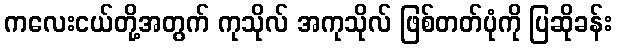
ကလေးငယ်တို့အတွက် ကုသိုလ် အကုသိုလ် ဖြစ်တတ်ပုံကို ပြဆိုခန်း